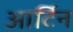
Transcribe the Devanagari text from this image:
आर्टिन